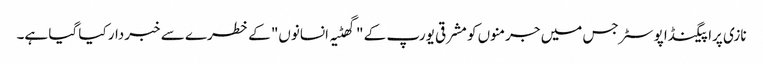
نازی پراپیگنڈا پوسٹر جس میں جرمنوں کو مشرقی یورپ کے "گھٹیہ انسانوں" کے خطرے سے خبردار کیا گیا ہے۔